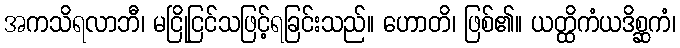
အကသိရလာဘီ၊ မငြိုငြင်သဖြင့်ရခြင်းသည်။ ဟောတိ၊ ဖြစ်၏။ ယတ္ထိကံယဒိစ္ဆကံ၊